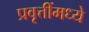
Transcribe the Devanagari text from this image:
प्रवृत्तींमध्ये